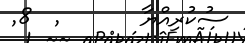
ސުކުރިއްޔާ